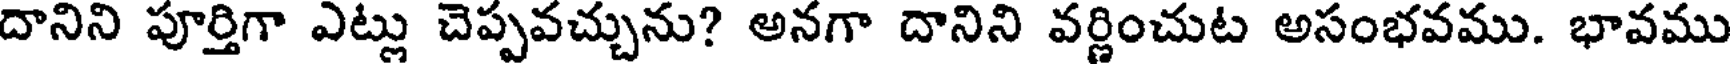
దానిని పూర్తిగా ఎట్లు చెప్పవచ్చును? అనగా దానిని వర్ణించుట అసంభవము. భావము